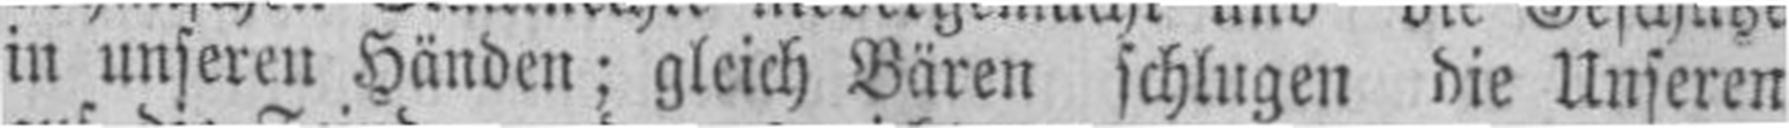
in unseren Händen; gleich Bären schlugen die Unseren